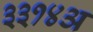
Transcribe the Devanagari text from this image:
३३१४अ